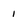
Character: 1